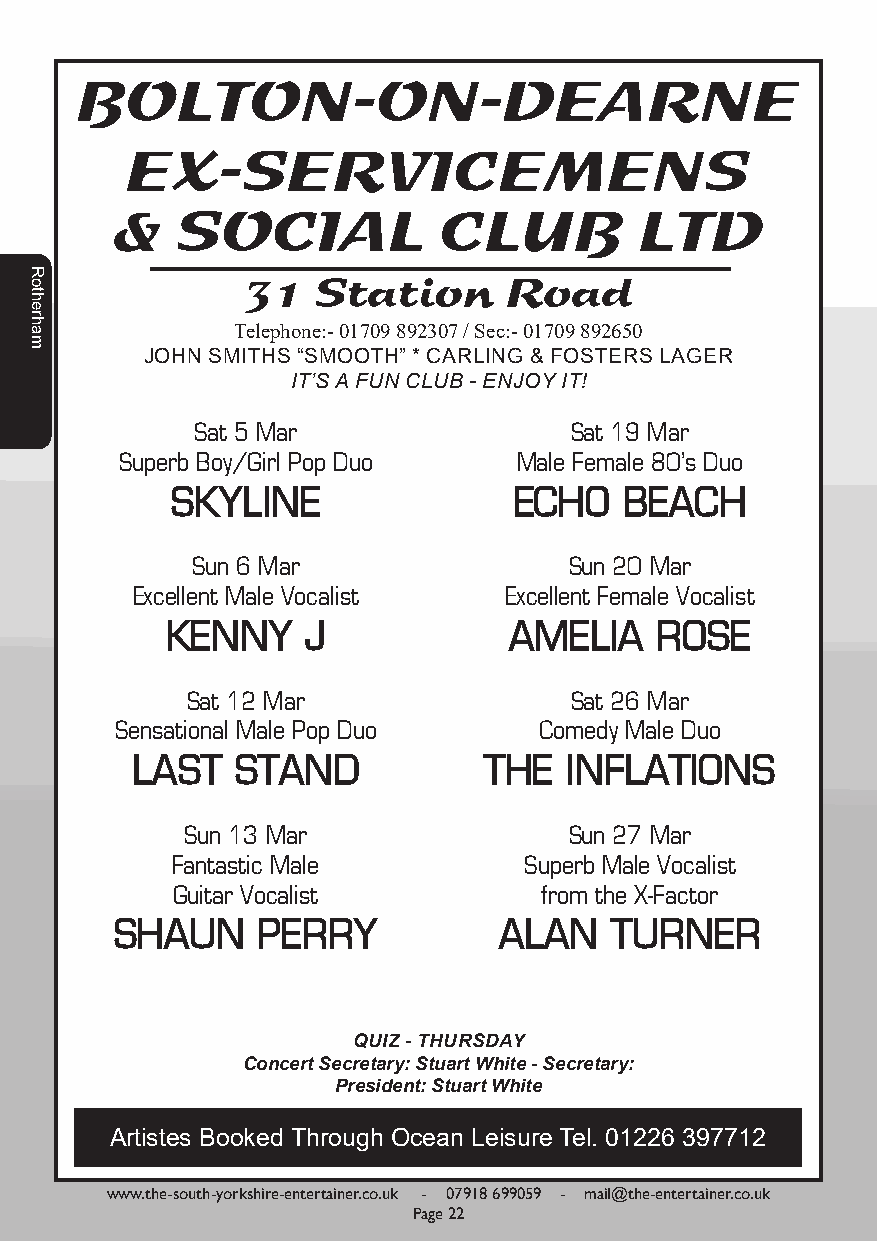
Telephone:- 01709 892307 / Sec:- 01709 892650
 JOHN SMITHS “SMOOTH” * CARLING & FOSTERS LAGER
 IT’S A FUN CLUB - ENJOY IT!
 Sat 5 Mar                Sat 19 Mar
 Superb Boy/Girl Pop Duo   Male Female 80's Duo
 SKYLINE                ECHO   BEACH
 Sun 6 Mar                Sun 20 Mar
 Excellent Male Vocalist Excellent Female Vocalist
 KENNY    J             AMELIA   ROSE
 Sat 12 Mar                Sat 26 Mar
 Sensational Male Pop Duo    Comedy Male Duo
 LAST   STAND           THE  INFLATIONS
 Sun 13 Mar                Sun 27 Mar
 Fantastic Male          Superb Male Vocalist
 Guitar Vocalist          from the X-Factor
 SHAUN    PERRY           ALAN   TURNER
 QUIZ - THURSDAY
 Concert Secretary: Stuart White - Secretary:
 President: Stuart White
 Artistes Booked Through Ocean Leisure Tel. 01226 397712
 www.the-south-yorkshire-entertainer.co.uk - 07918 699059 - mail@the-entertainer.co.uk
 Page 22
 Rotherham